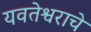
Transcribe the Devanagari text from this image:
यवतेश्वराचे